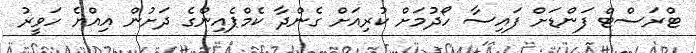
ޓްރަސްޓް ފަންޑަށް ފައިސާ ހޯދުމަށް ކުރިއަށް ގެންދާ ކެމްޕެއިންގެ ދަށުން އިއްޔެ ހަވީރު